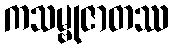
ကသမ္ဗုဇာတဿ